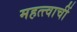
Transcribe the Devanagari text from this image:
महत्त्वाचीं